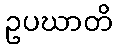
ဥပဃာတိ